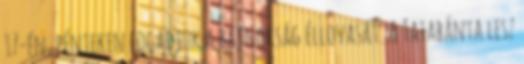
17-én, pénteken fogadjuk a bajnokság éllovasát. A Tatabánya lesz